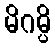
မိဂမ္ပိ